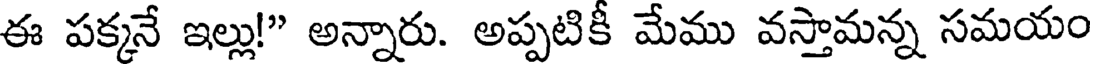
ఈ పక్కనే ఇల్లు!" అన్నారు. అప్పటికీ మేము వస్తామన్న సమయం